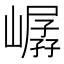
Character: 𪩖